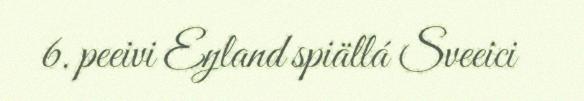
6. peeivi Eŋland spiällá Sveeici